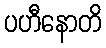
ပဟီနောတိ